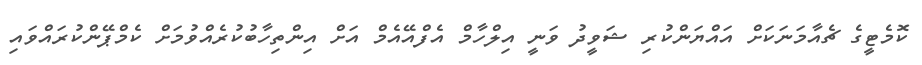
ކޮމެޓީގެ ޗެއާމަނަކަށް އައްޔަންކުރި ޝަވީދު ވަނީ އިލްހާމް އެފްއޭއެމް އަށް އިންތިހާބުކުރެއްވުމަށް ކެމްޕޭންކުރައްވައި